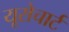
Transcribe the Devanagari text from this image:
यूरोचार्ट